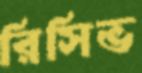
রিসিভ